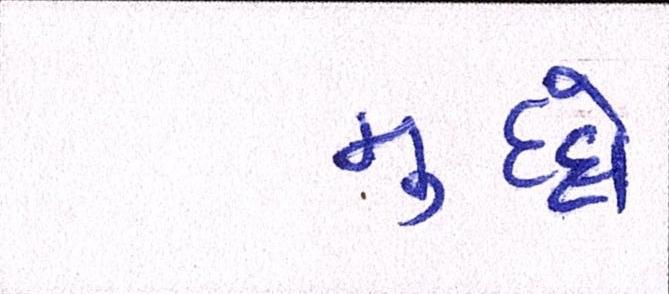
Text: મુદો